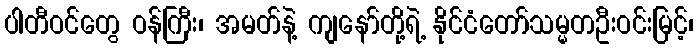
ပါတီဝင်တွေ ဝန်ကြီး၊ အမတ်နဲ့ ကျနော်တို့ရဲ့ နိုင်ငံတော်သမ္မတဦးဝင်းမြင့်၊